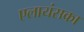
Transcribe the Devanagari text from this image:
एलायंसका